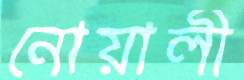
নোয়ালী